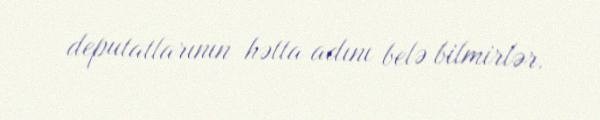
deputatlarının hətta adını belə bilmirlər.